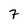
Character: 7